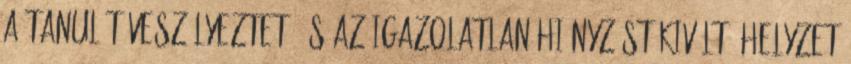
a tanulót veszélyeztető és az igazolatlan hiányzást kiváltó helyzet